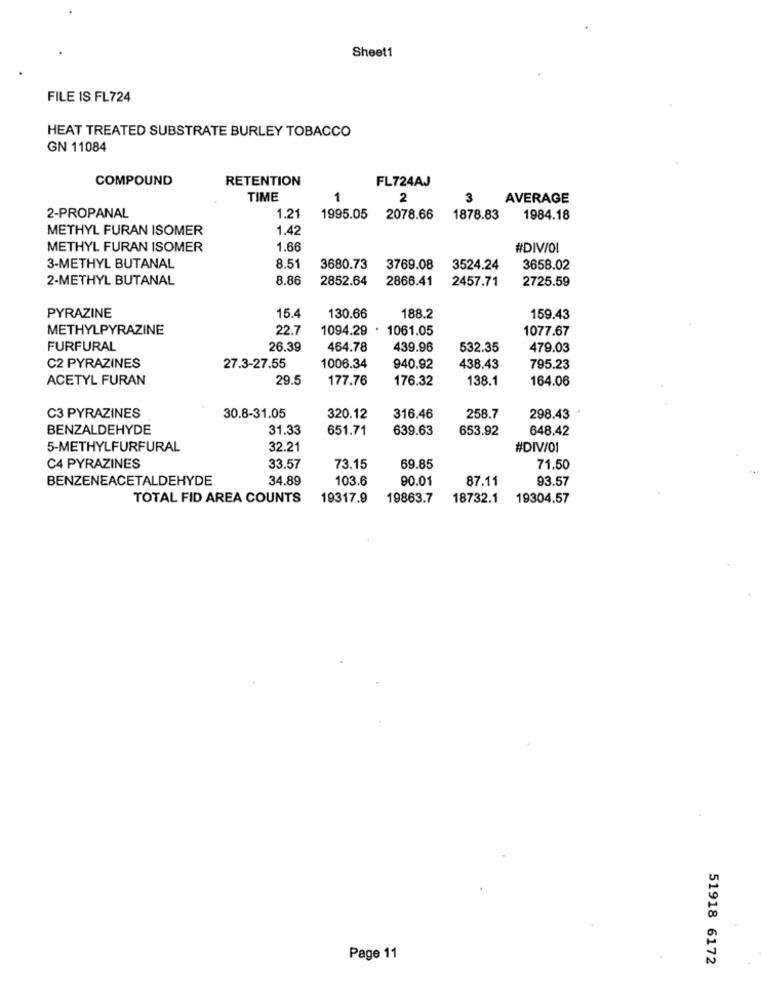
Sheet1
FILE IS FL724
HEAT TREATED SUBSTRATE BURLEY TOBACCO
GN 11084
COMPOUND
RETENTION
FL724AJ
TIME
1
2
3
AVERAGE
2-PROPANAL
1.21
1995.05
2078.66
1878.83
1984.18
METHYL FURAN ISOMER
1.42
METHYL FURAN ISOMER
1.66
#DIVIOL
8.5
3-METHYL BUTANAL
3680.73
3769.08
3524.24
3658.02
2-METHYL BUTANAL
8.86
2852.64
2866.41
2457.71
2725.59
15.4
PYRAZINE
130.66
188.2
159.43
METHYLPYRAZINE
22.7
1094.29
1061.05
1077.67
FURFURAL
26.39
464.78
439.96
532.35
479.03
C2 PYRAZINES
27.3-27.55
1006.34
940.92
438.43
795.23
ACETYL FURAN
29.5
177.76
176.32
138.1
164.06
C3 PYRAZINES
30.8-31.05
320.12
316.46
258.7
298.43
BENZALDEHYDE
31.33
651.71
639.63
653.92
648.42
5-METHYLFURFURAL
32.21
#DIV/01
C4 PYRAZINES
33.57
73.15
69.85
71.50
BENZENEACETALDEHYDE
34.89
103.6
90.01
87.11
93.57
TOTAL FID AREA COUNTS
19317.9
19863.7
18732.1
19304.57
Page 11
51918 6172